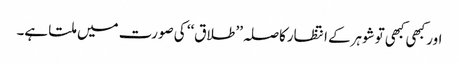
اور کبھی کبھی توشوہرکے انتظارکاصلہ’’ طلاق‘‘ کی صورت میں ملتا ہے۔